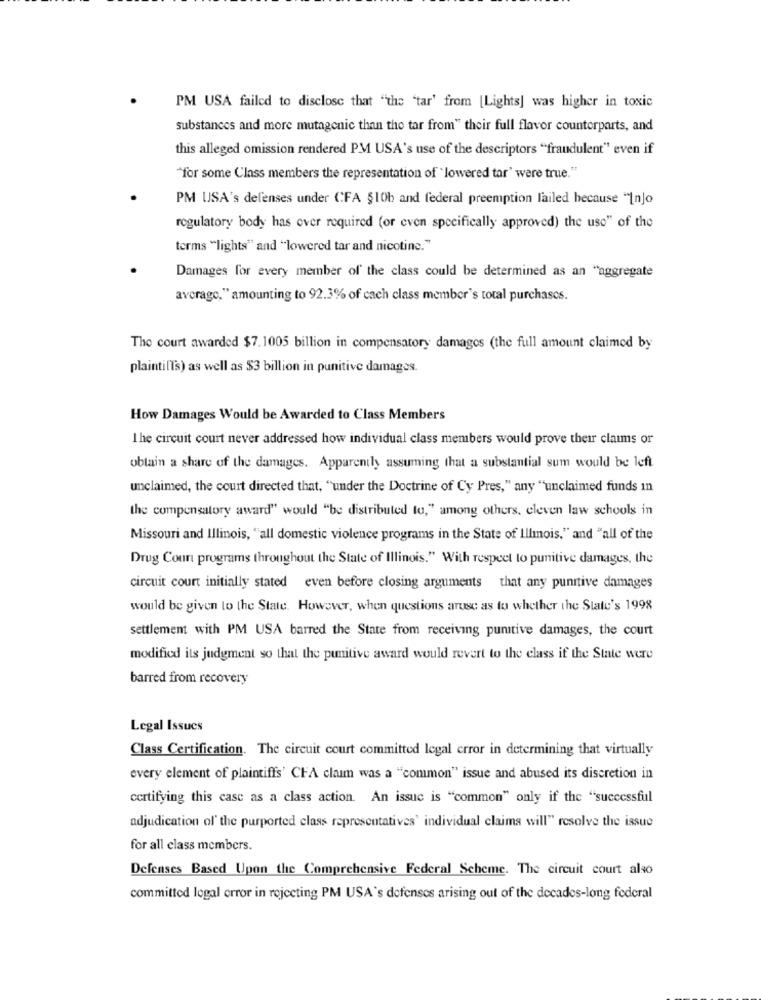
PM USA failed to disclose that "the 'tar' from [Lights] was higher in toxic
substances and more mutagenic than the tar from" their full flavor counterparts, and
this alleged omission rendered PM USA's use of the descriptors "fraudulent" even if
"for some Class members the representation of 'lowered tar' ware true."
PM USA's defenses under CFA §10b and federal preemption failed because "Injo
regulatory body has over required (or even specifically approved) the use" of the
terms "lights" and "lowered tar and nicotine."
Damages for every member of the class could be determined as an "aggregate
average," amounting to 92.3% of cach class member's total purchases.
The court awarded $7.1005 billion in compensatory damages (the full amount claimed by
plaintilTs) as well as $3 billion in punitive damages.
How Damages Would be Awarded to Class Members
I he circuit court never addressed how individual class members would prove their claims or
obtain a share of the damages. Apparently assuming that a substantial sum would be left
unclaimed, the court directed that, "under the Doctrine of Cy Pres," any "unclaimed funds in
the compensatory award" would "be distributed to," among others, cleven law schools in
Missouri and Illinois, "all domestic violence programs in the State of Illinois," and "all of the
Drug Court programs throughout the State of Illinois." With respect to punitive damages, the
circuit court initially stated even before closing arguments that any punitive damages
would be given to the State. However, when questions aruse as to whether the State's 1998
settlement with PM USA barred the State from receiving punitive damages, the court
modified its judgment so that the punitive award would revert to the class if the State were
barred from recovery
Legal Issues
Class Certification. The circuit court committed legal error in determining that virtually
every element of plaintiffs' CFA claim was a "common" issue and abused its discretion in
certifying this case as a class action. An issue is "common" only if the "successful
adjudication ol' the purported class representatives' individual claims will" resolve the issue
for all class members.
Defenses Based Upon the Comprehensive Federal Scheme. The circuit court also
committed legal error in rejecting PM USA's defenses arising out of the decades-long federal